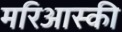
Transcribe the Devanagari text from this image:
मरिआस्की